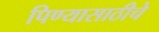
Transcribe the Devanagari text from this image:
पिण्यासाठीचे